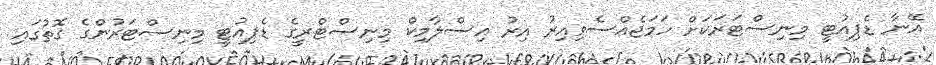
އޭނާ ޑެޕިއުޓީ މިނިސްޓަރަކަށް ހަމަޖެއްސެވިއިރު އިރު އިސްލާމިކް މިނިސްޓްރީގެ ޑެޕިއުޓީ މިނިސްޓަރުންގެ ގޮތުގައި